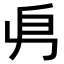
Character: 𠂣